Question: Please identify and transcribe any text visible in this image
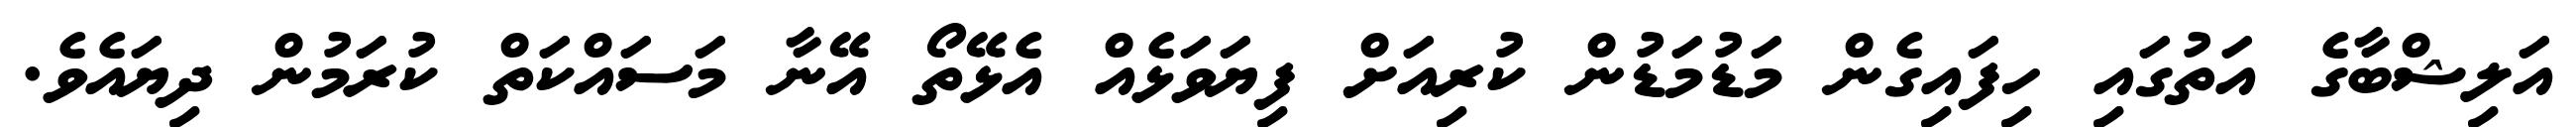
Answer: އަލިޝްބާގެ އަތުގައި ހިފައިގެން މަޑުމަޑުން ކުރިއަށް ފިޔަވަޅެއް އެޅޭތޯ އޭނާ މަސައްކަތް ކުރަމުން ދިޔައެވެ.